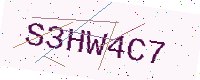
Text: S3HW4C7